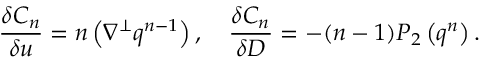
\frac { \delta C _ { n } } { \delta u } = n \left( \nabla ^ { \perp } q ^ { n - 1 } \right) , \quad \frac { \delta C _ { n } } { \delta D } = - ( n - 1 ) P _ { 2 } \left( q ^ { n } \right) .